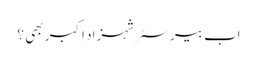
اب بیرسٹر شہزاد اکبر بھی ؟